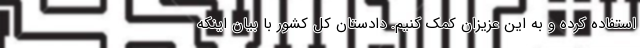
استفاده کرده و به این عزیزان کمک کنیم. دادستان کل کشور با بیان اینکه